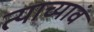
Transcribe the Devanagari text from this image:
त्याच्यावं